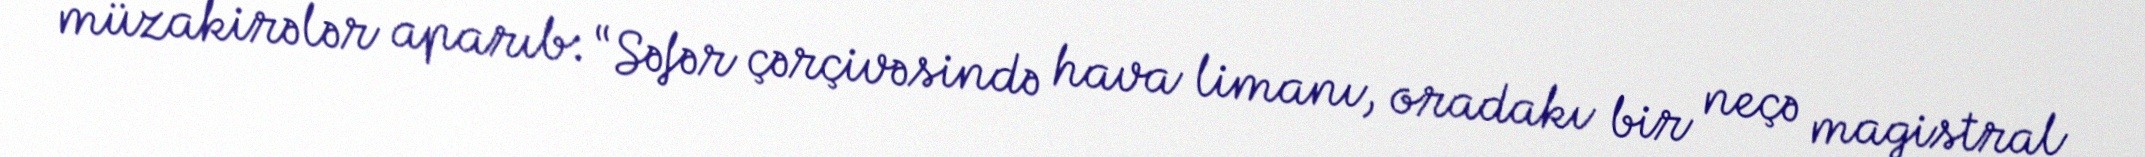
müzakirələr aparıb: “Səfər çərçivəsində hava limanı, oradakı bir neçə magistral